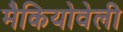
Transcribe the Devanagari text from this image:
मैकियोवेली